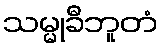
သမ္မုခီဘူတံ